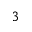
^ { 3 }